Punjab Mental Hospital Lahore 1932-46 - 1932-1946
Year: 1932
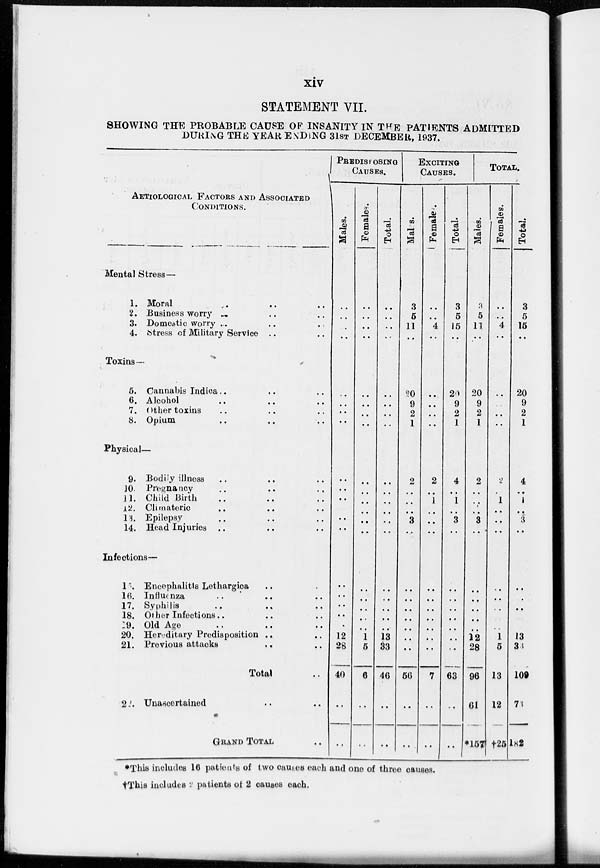
xiv
STATEMENT VII.
SHOWING THE PROBABLE CAUSE OF INSANITY IN THE PATIENTS ADMITTED
DURING THE YEAR ENDING 31ST DECEMBER, 1937.
AETIOLOGICAL FACTORS AND ASSOCIATED
CONDITIONS.
Mental Stress—
1. Moral .. .. ..
2. Business worry .. .. ..
3. Domestic worry .. .. ..
4. Stress of Military Service .. ..
Toxins—
5. Cannabis Indica .. .. ..
6. Alcohol .. .. ..
7. Other toxins .. .. ..
8. Opium .. .. ..
Physical—
9. Bodily illness .. .. ..
10. Pregnancy .. .. ..
11. Child Birth .. .. ..
12. Climateric .. .. ..
13. Epilepsy .. .. ..
14. Head Injuries .. .. ..
Infections—
15. Encephalitis Lethargica .. .. ..
16. Influenza .. .. ..
17. Syphilis .. .. ..
18. Other Infections .. .. ..
19. Old Age .. .. ..
20. Hereditary Predisposition .. .. ..
21. Previous attacks .. .. ..
Total ..
22. Unascertained .. ..
GRAND TOTAL
PREDISPOSING
CAUSES.
Males.
..
..
..
..
..
..
..
..
..
..
..
..
..
..
..
..
..
..
..
12
28
40
..
..
Females.
..
..
..
..
..
..
..
..
..
..
..
..
..
..
..
..
..
..
..
1
5
6
..
..
Total.
..
..
..
..
..
..
..
..
..
..
..
..
..
..
..
..
..
..
..
13
33
46
..
..
EXCITING
CAUSES.
Males.
3
5
11
..
20
9
2
1
2
..
..
..
3
..
..
..
..
..
..
..
..
56
..
..
Female.
..
..
4
..
..
..
..
..
2
..
1
..
..
..
..
..
..
..
..
..
7
..
..
Total.
3
5
15
..
20
9
2
1
4
..
1
..
3
..
..
..
..
..
..
..
..
63
..
..
TOTAL.
Males.
3
5
11
..
20
9
2
1
2
..
..
..
3
..
..
..
..
..
..
12
28
96
61
*157
Females.
..
..
4
..
..
..
..
..
2
..
1
..
..
..
..
..
..
..
..
1
5
13
12
†25
Total.
3
5
15
..
20
9
2
1
4
..
1
..
3
..
..
..
..
..
..
13
33
109
73
182
*This includes 16 patients of two causes each and one of three causes.
†This includes patients of 2 causes each.